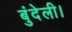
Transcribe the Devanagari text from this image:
बुंदेली।